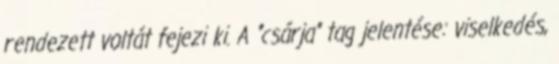
rendezett voltát fejezi ki. A "csárja" tag jelentése: viselkedés,